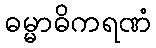
ဓမ္မာဓိကရဏံ